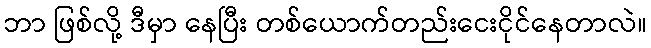
ဘာ ဖြစ်လို့ ဒီမှာ နေပြီး တစ်ယောက်တည်းငေးငိုင်နေတာလဲ။